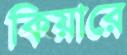
কিয়ারে